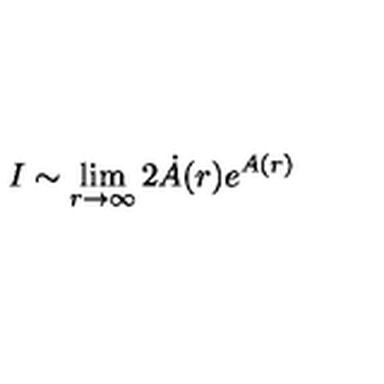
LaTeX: I \sim \lim _ { r \to \infty } 2 \dot { A } ( r ) e ^ { A ( r ) }